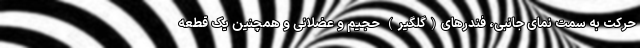
حرکت به سمت نمای جانبی، فندرهای(گلگیر) حجیم و عضلانی و همچنین یک قطعه